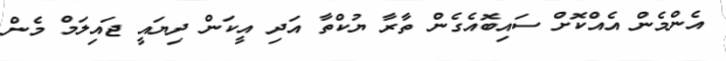
އެންމެން އެއްކޮށް ސައިބޮއެގެން ތާރާ ޔުކްތާ އަދި އީކަން ދިޔައީ ޖައިލަމް މެން